Civil Veterinary Department Bihar reports 1936-40 - 1936-1940
Year: 1936
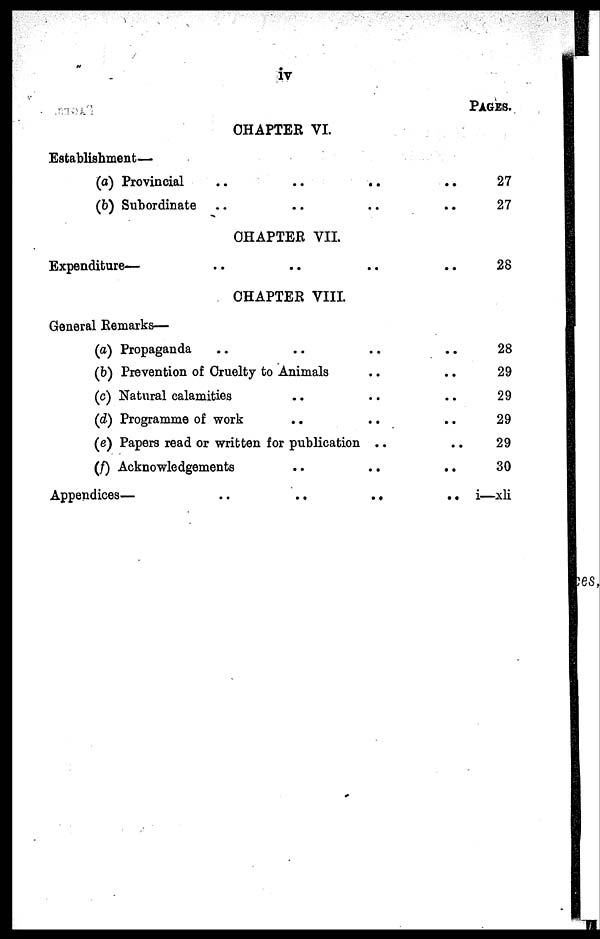
iv
CHAPTER VI.
Establishment—
(a) Provincial .. .. .. ..
(b) Subordinate .. .. .. ..
CHAPTER VII.
Expenditure— .. .. .. ..
CHAPTER VIII.
General Remarks—
(a) Propaganda .. .. ..
(b) Prevention of Cruelty to Animals .. ..
(c) Natural calamities .. .. ..
(d) Programme of work .. ..
(e) Papers read or written for publication .. ..
(f) Acknowledgements .. ..
Appendices—
..
..
..
..
PAGES.
27
27
28
28
29
29
29
29
30
i—xli